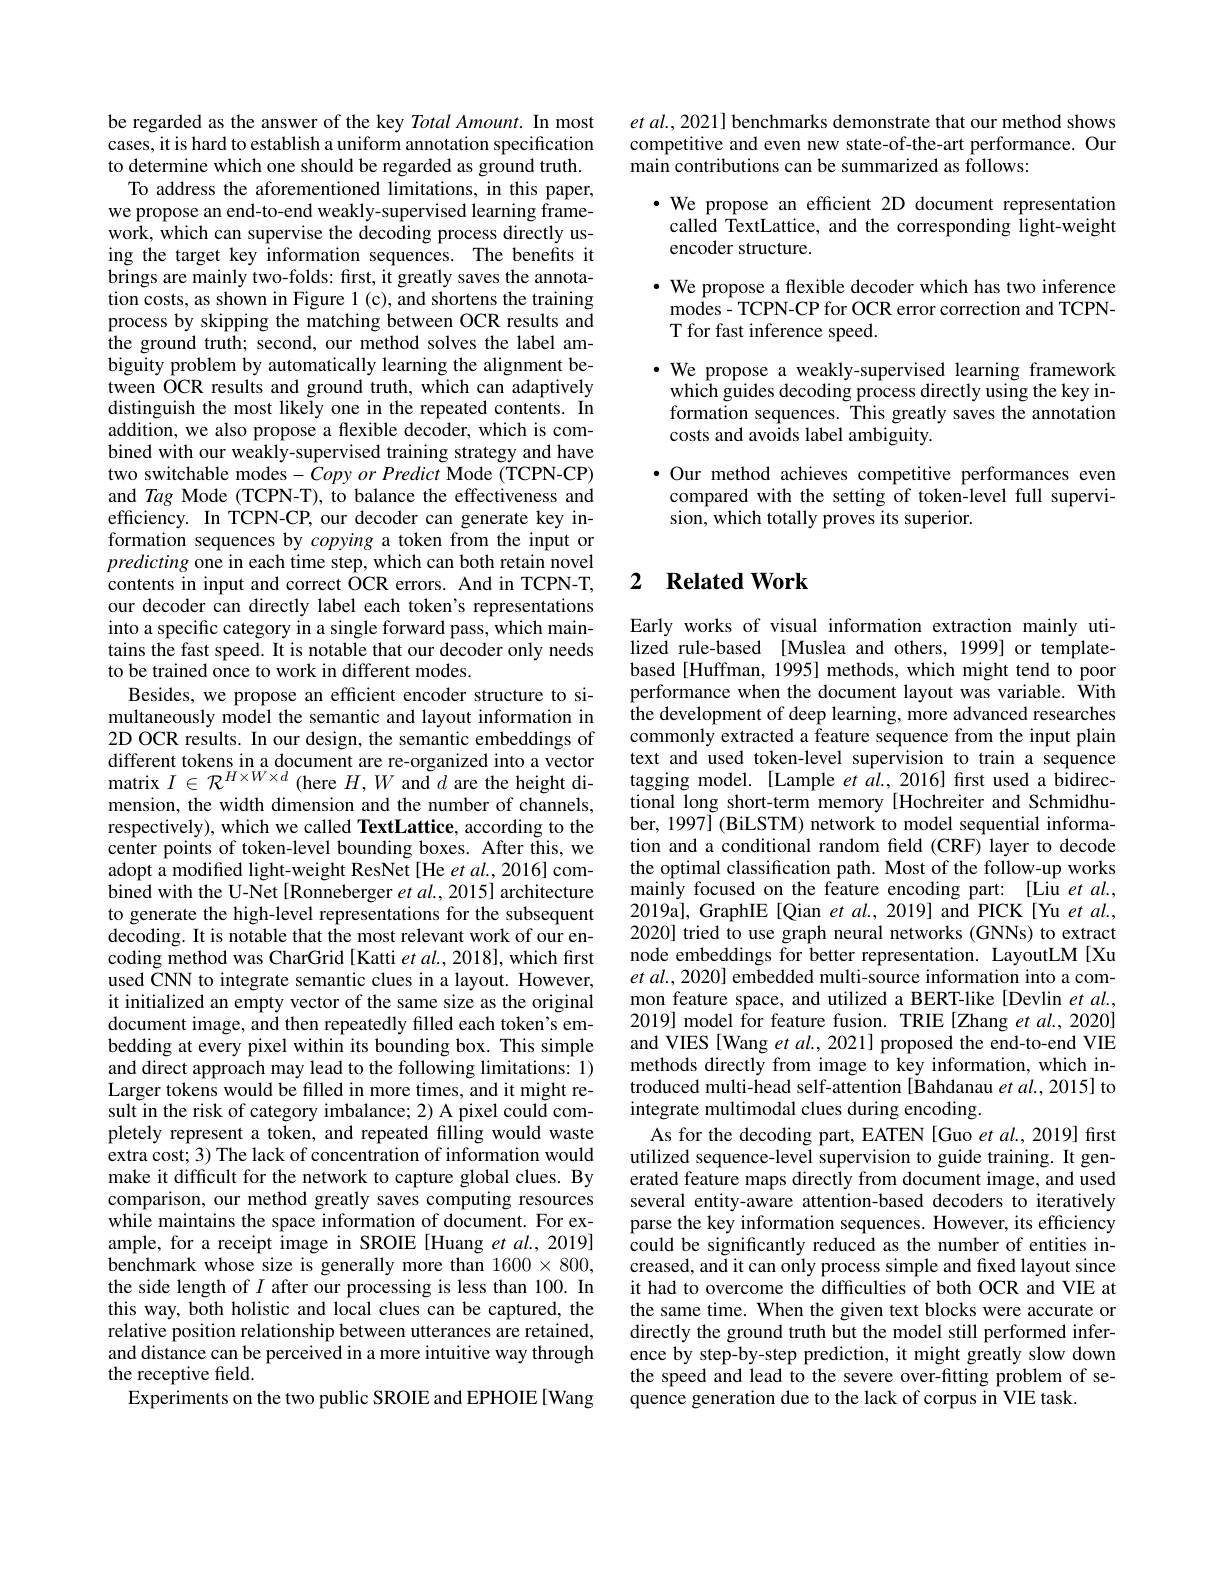
be regarded as the answer of the key Total Amount. In most cases, it is hard to establish a uniform annotation specification to determine which one should be regarded as ground truth.
To address the aforementioned limitations, in this paper, we propose an end-to-end weakly-supervised learning framework, which can supervise the decoding process directly using the target key information sequences. The benefits it brings are mainly two-folds: first, it greatly saves the annotation costs, as shown in Figure 1(c), and shortens the training process by skipping the matching between OCR results and the ground truth; second, our method solves the label ambiguity problem by automatically learning the alignment between OCR results and ground truth, which can adaptively distinguish the most likely one in the repeated contents. In addition, we also propose a flexible decoder, which is combined with our weakly-supervised training strategy and have two switchable modes- Copy or Predict Mode (TCPN-CP) and Tag Mode (TCPN-T), to balance the effectiveness and efficiency. In TCPN-CP, our decoder can generate key information sequences by copying a token from the input or predicting one in each time step, which can both retain novel contents in input and correct OCR errors. And in TCPN-T, our decoder can directly label each token's representations into a specific category in a single forward pass, which maintains the fast speed. It is notable that our decoder only needs to be trained once to work in different modes.
Besides, we propose an efficient encoder structure to simultaneously model the semantic and layout information in 2D OCR results. In our design, the semantic embeddings of different tokens in a document are re-organized
mension, the width dimension and the number of channels, respectively), which we called TextLattice, according to the center points of token-level bounding boxes. After this, we adopt a modified light-weight ResNet [He et al., 2016] combined with the U-Net [Ronneberger et al., 2015] architecture to generate the high-level representations for the subsequent decoding. It is notable that the most relevant work of our encoding method was CharGrid[Katti et al., 2018], which first used CNN to integrate semantic clues in a layout. However, it initialized an empty vector of the same size as the original document image, and then repeatedly filled each token's embedding at every pixel within its bounding box. This simple and direct approach may lead to the following limitations: 1) Larger tokens would be filled in more times, and it might result in the risk of category imbalance; 2) A pixel could completely represent a token, and repeated filling would waste extra cost; 3) The lack of concentration of information would make it difficult for the network to capture global clues. By comparison, our method greatly saves computing resources while maintains the space information of document. For example, for a receipt image in SROIE [Huang et al., 2019] benchmark whose size is generally more than $1600\times800$, the side length of $I$ after our processing is less than 100. In this way, both holistic and local clues can be captured, the relative position relationship between utterances are retained, and distance can be perceived in a more intuitive way through the receptive field.
Experiments on the two public SROIE and EPHOIE[Wang

$et$ $al. , 2021]$ benchmarks demonstrate that our method shows competitive and even new state-of-the-art performance. Our main contributions can be summarized as follows:
·We propose an efficient 2D document representation called TextLattice, and the corresponding light-weight encoder structure.
$\bullet$ We propose a flexible decoder which has two inference
modes - TCPN- CP for OCR error correction and TCPN-
T for fast inference speed.
$\bullet$ We propose a weakly-supervised learning framework
which guides decoding process directly using the key information sequences. This greatly saves the annotation costs and avoids label ambiguity.

·Our method achieves competitive performances even

compared with the setting of token-level full supervi-
sion, which totally proves its superior.

## 2 $\textbf{Related Work}$

Early works of visual information extraction mainly utilized rule-based [Muslea and others, 1999] or templatebased[Huffman, 1995] methods, which might tend to poor performance when the document layout was variable. ÎWith $\hat{\text{the development of deep learning, more advanced researches}}$ commonly extracted a feature sequence from the input plain text and used token-level supervision to train a sequence tional long short-term memory [Hochreiter and Schmidhuber, 1997](BiLSTM) network to model sequential information and a conditional random field (CRF) layer to decode the optimal classification path. Most of the follow-up works mainly focused on the feature encoding part: [Liu et al., 2019a], GraphIE[Qian et al., 2019] and PICK[Yu et al., 2020] tried to use graph neural networks (GNNs) to extract node embeddings for better representation. LayoutLM [Xu $etal.,2020]$ embedded multi-source information into a common feature space, and utilized a BERT-like [Devlin et al., 2019] model for feature fusion. TRIE[Zhang et al., 2020] and VIES [Wang et al., 2021] proposed the end-to-end VIE methods directly from image to key information, which introduced multi-head self-attention [Bahdanau et al., 2015] to integrate multimodal clues during encoding.
As for the decoding part, EATEN [Guo et al., 2019] first utilized sequence-level supervision to guide training. It generated feature maps directly from document image, and used several entity-aware attention-based decoders to iteratively parse the key information sequences. However, its efficiency could be significantly reduced as the number of entities increased, and it can only process simple and fixed layout since it had to overcome the difficulties of both OCR and VIE at the same time. When the given text blocks were accurate or directly the ground truth but the model still performed inference by step-by-step prediction, it might greatly slow down the speed and lead to the severe over-fitting problem of sequence generation due to the lack of corpus in VIE task.